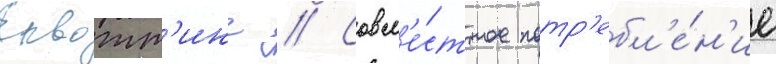
Сквотт'инг // Совм'е́стное потр'ебл'е́н'ие